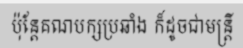
ប៉ុន្តែគណបក្សប្រឆាំង ក៏ដូចជាមន្ត្រី